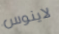
لاينوس